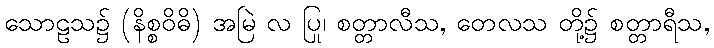
သောဠသ၌ (နိစ္စဝိဓိ) အမြဲ လ ပြု၊ စတ္တာလီသ, တေလသ တို့၌ စတ္တာရီသ,